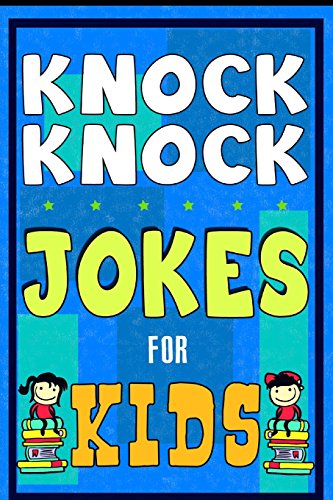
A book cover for Knock Knock Jokes For Kids Book: The Most Brilliant Collection of Brainy Jokes for Kids. Hilarious and Cunning Joke Book for Early and Beginner Readers. For All Young and Smart Fun Lovers!; Mike Ferris; Children's Books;